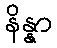
နိန္နာ